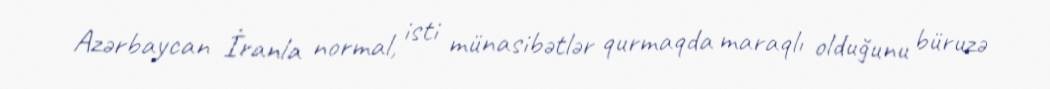
Azərbaycan İranla normal, isti münasibətlər qurmaqda maraqlı olduğunu büruzə